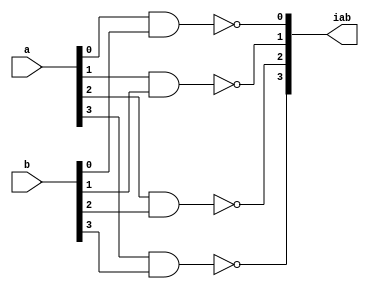
`timescale 1ns / 1ps
//////////////////////////////////////////////////////////////////////////////////
// Company: 
// Engineer: 
// 
// Design Name: 
// Module Name:    nandgate 
// Project Name: 
// Target Devices: 
// Tool versions: 
// Description: 
//
// Dependencies: 
//
// Revision: 
// Revision 0.01 - File Created
// Additional Comments: 
//
//////////////////////////////////////////////////////////////////////////////////
module nandgate(a,b,iab);
input		[3:0]a;
input		[3:0]b;
output	[3:0]iab;

	nand	(iab[0],a[0],b[0]);
	nand	(iab[1],a[1],b[1]);
	nand	(iab[2],a[2],b[2]);
	nand	(iab[3],a[3],b[3]);

endmodule